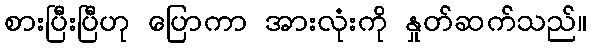
စားပြီးပြီဟု ပြောကာ အားလုံးကို နှုတ်ဆက်သည်။